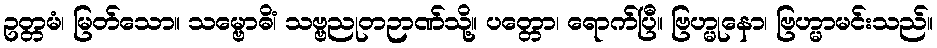
ဥတ္တမံ၊ မြတ်သော။ သမ္ဗောဓိံ၊ သဗ္ဗညုတဉာဏ်သို့။ ပတ္တော၊ ရောက်ပြီ။ ဗြဟ္မုနော၊ ဗြဟ္မာမင်းသည်။